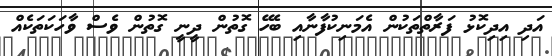
އަދި އިދިކޮޅު ފަރާތްތަކުން އެމަނިކުފާނާއި ބެހޭ ގޮތުން ދީނީ ގޮތުން ވެސް ވާހަކަތަކެއް